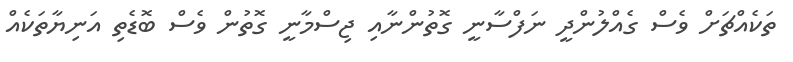
ތަކެއްޗަށް ވެސް ގެއްލުންދީ ނަފްސާނީ ގޮތުންނާއި ޖިސްމާނީ ގޮތުން ވެސް ބޮޑެތި އަނިޔާތަކެއް